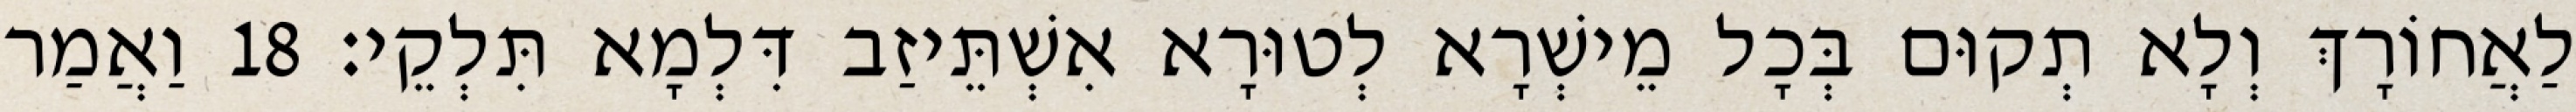
לַאֲחוֹרָךְ וְלָא תְקוּם בְּכָל מֵישְׁרָא לְטוּרָא אִשְׁתֵּיזַב דִּלְמָא תִּלְקֵי׃ 18 וַאֲמַר